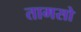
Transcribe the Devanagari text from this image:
तामसो